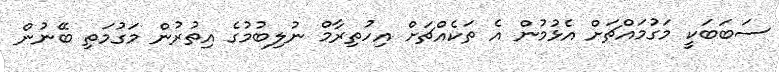
ސަބަބަކީ މަގުމައްޗަށް އެޅުމުން އެ ތަކެއްޗަށް އިހުތިރާމް ނުލިބުމުގެ އިތުރުން މަގުމަތި ބޭނުން